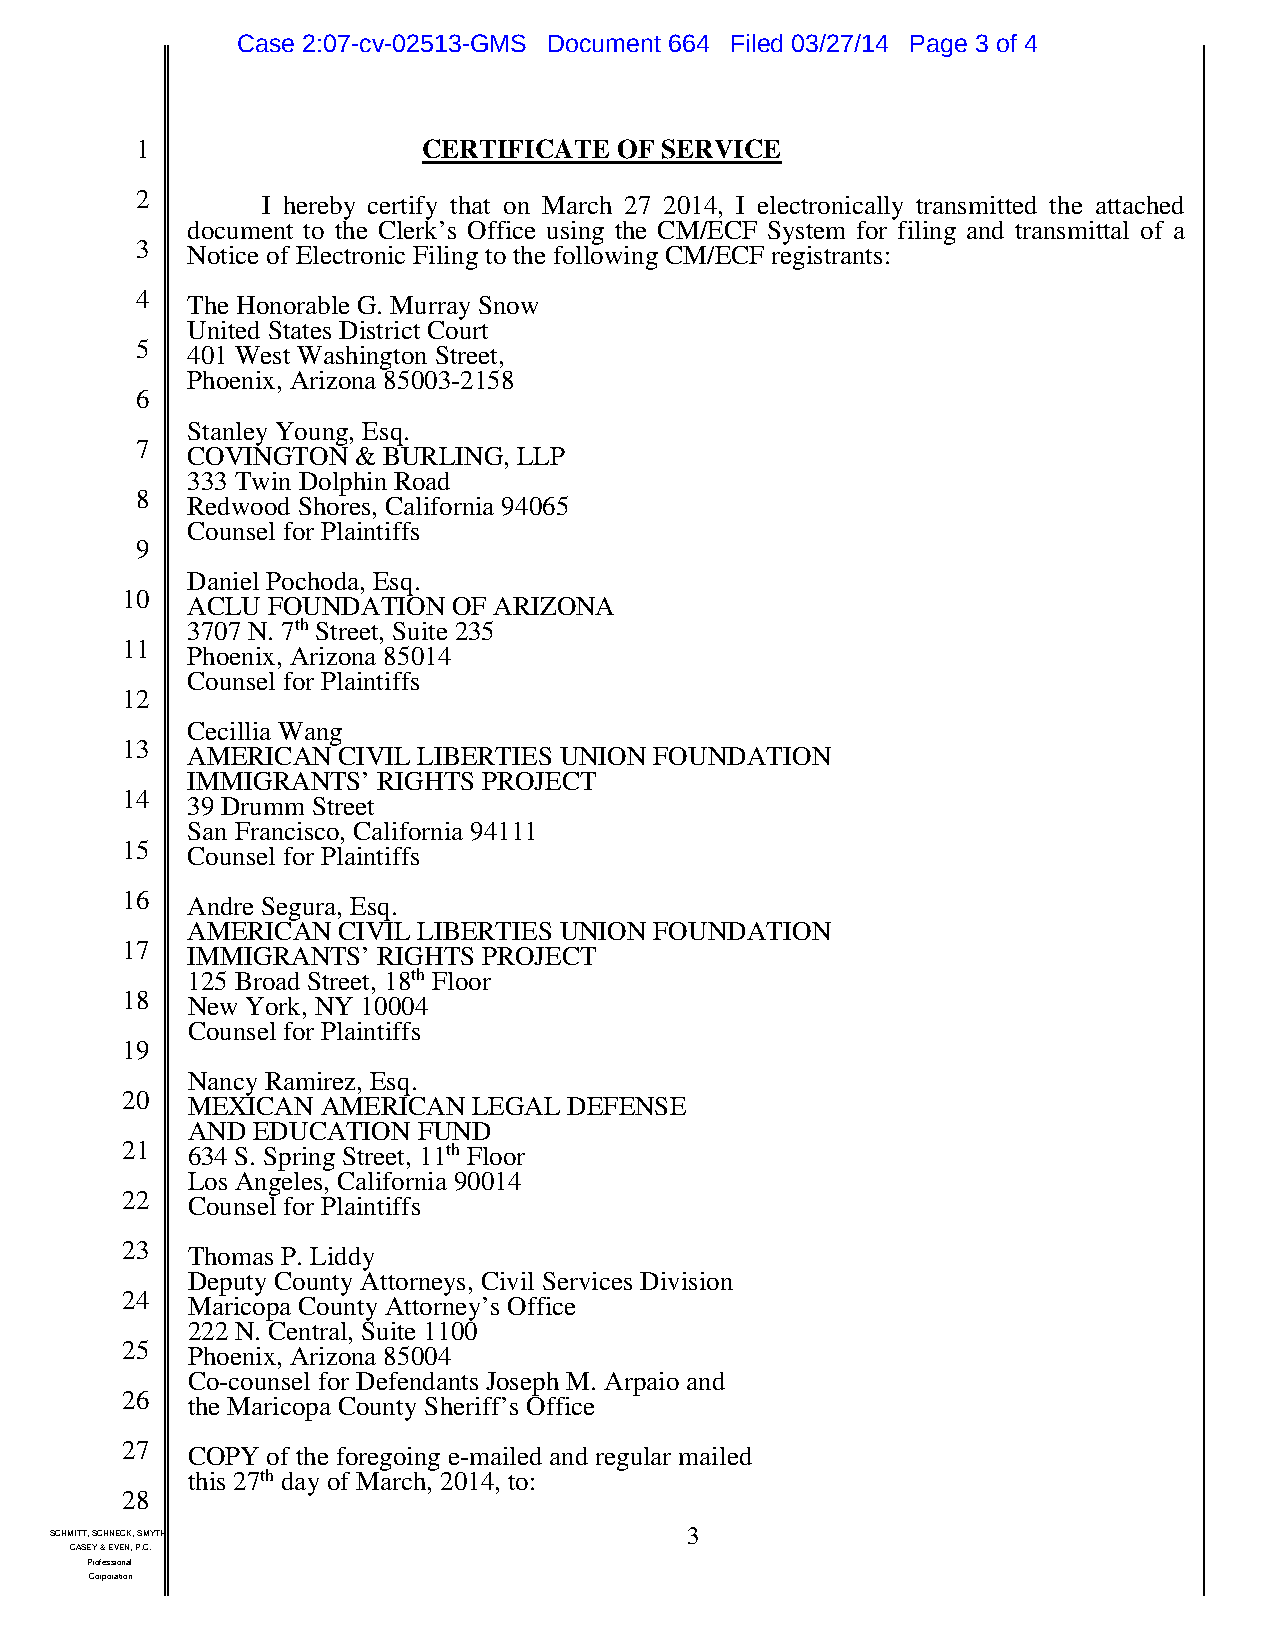
Case 2:07-cv-02513-GMS Document 664 Filed 03/27/14 Page 3 of 4
 1                  CERTIFICATE  OF SERVICE
 2       I hereby certify that on March 27 2014, I electronically transmitted the attached
 document to the Clerk’s Office using the CM/ECF System for filing and transmittal of a
 3  Notice of Electronic Filing to the following CM/ECF registrants:
 4  The Honorable G. Murray Snow
 United States District Court
 5  401 West Washington Street,
 Phoenix, Arizona 85003-2158
 6
 Stanley Young, Esq.
 7  COVINGTON   & BURLING, LLP
 333 Twin Dolphin Road
 8  Redwood Shores, California 94065
 Counsel for Plaintiffs
 9
 Daniel Pochoda, Esq.
 10  ACLU  FOUNDATION  OF ARIZONA
 3707 N. 7th Street, Suite 235
 11  Phoenix, Arizona 85014
 Counsel for Plaintiffs
 12
 Cecillia Wang
 13  AMERICAN  CIVIL LIBERTIES UNION FOUNDATION
 IMMIGRANTS’  RIGHTS PROJECT
 14  39 Drumm Street
 San Francisco, California 94111
 15  Counsel for Plaintiffs
 16  Andre Segura, Esq.
 AMERICAN  CIVIL LIBERTIES UNION FOUNDATION
 17  IMMIGRANTS’  RIGHTS PROJECT
 125 Broad Street, 18th Floor
 18  New York, NY 10004
 Counsel for Plaintiffs
 19
 Nancy Ramirez, Esq.
 20  MEXICAN  AMERICAN  LEGAL  DEFENSE
 AND  EDUCATION  FUND
 21  634 S. Spring Street, 11th Floor
 Los Angeles, California 90014
 22  Counsel for Plaintiffs
 23  Thomas P. Liddy
 Deputy County Attorneys, Civil Services Division
 24  Maricopa County Attorney’s Office
 222 N. Central, Suite 1100
 25  Phoenix, Arizona 85004
 Co-counsel for Defendants Joseph M. Arpaio and
 26  the Maricopa County Sheriff’s Office
 27  COPY  of the foregoing e-mailed and regular mailed
 this 27th day of March, 2014, to:
 28
 SCHMITT, SCHNECK, SMYTH,                   3
 CASEY & EVEN, P.C.
 Professional
 Corporation